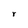
Character: r